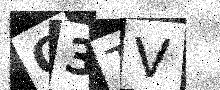
Text: Q3TV